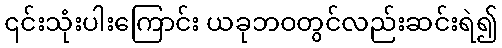
၎င်းသုံးပါးကြောင်း ယခုဘဝတွင်လည်းဆင်းရဲ၍